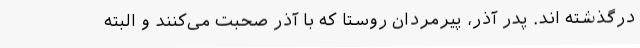
درگذشته اند. پدر آذر، پیرمردان روستا که با آذر صحبت می‌کنند و البته